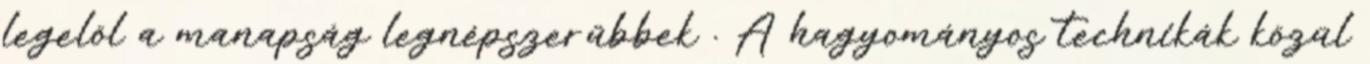
legelöl a manapság legnépszerűbbek . A hagyományos technikák közül